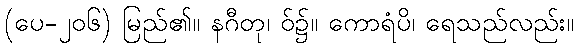
(ပေ-၂၀၆) မြည်၏။ နဂီတု၊ ဝ်၌။ ကောရံပိ၊ ရေသည်လည်း။